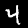
Label: 4